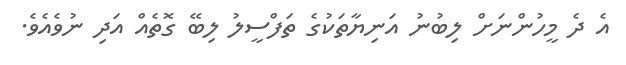
އެ ދެ މީހުންނަށް ލިބުނު އަނިޔާތަކުގެ ތަފްސީލު ލިބޭ ގޮތެއް އަދި ނުވެއެވެ.